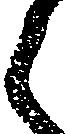
之